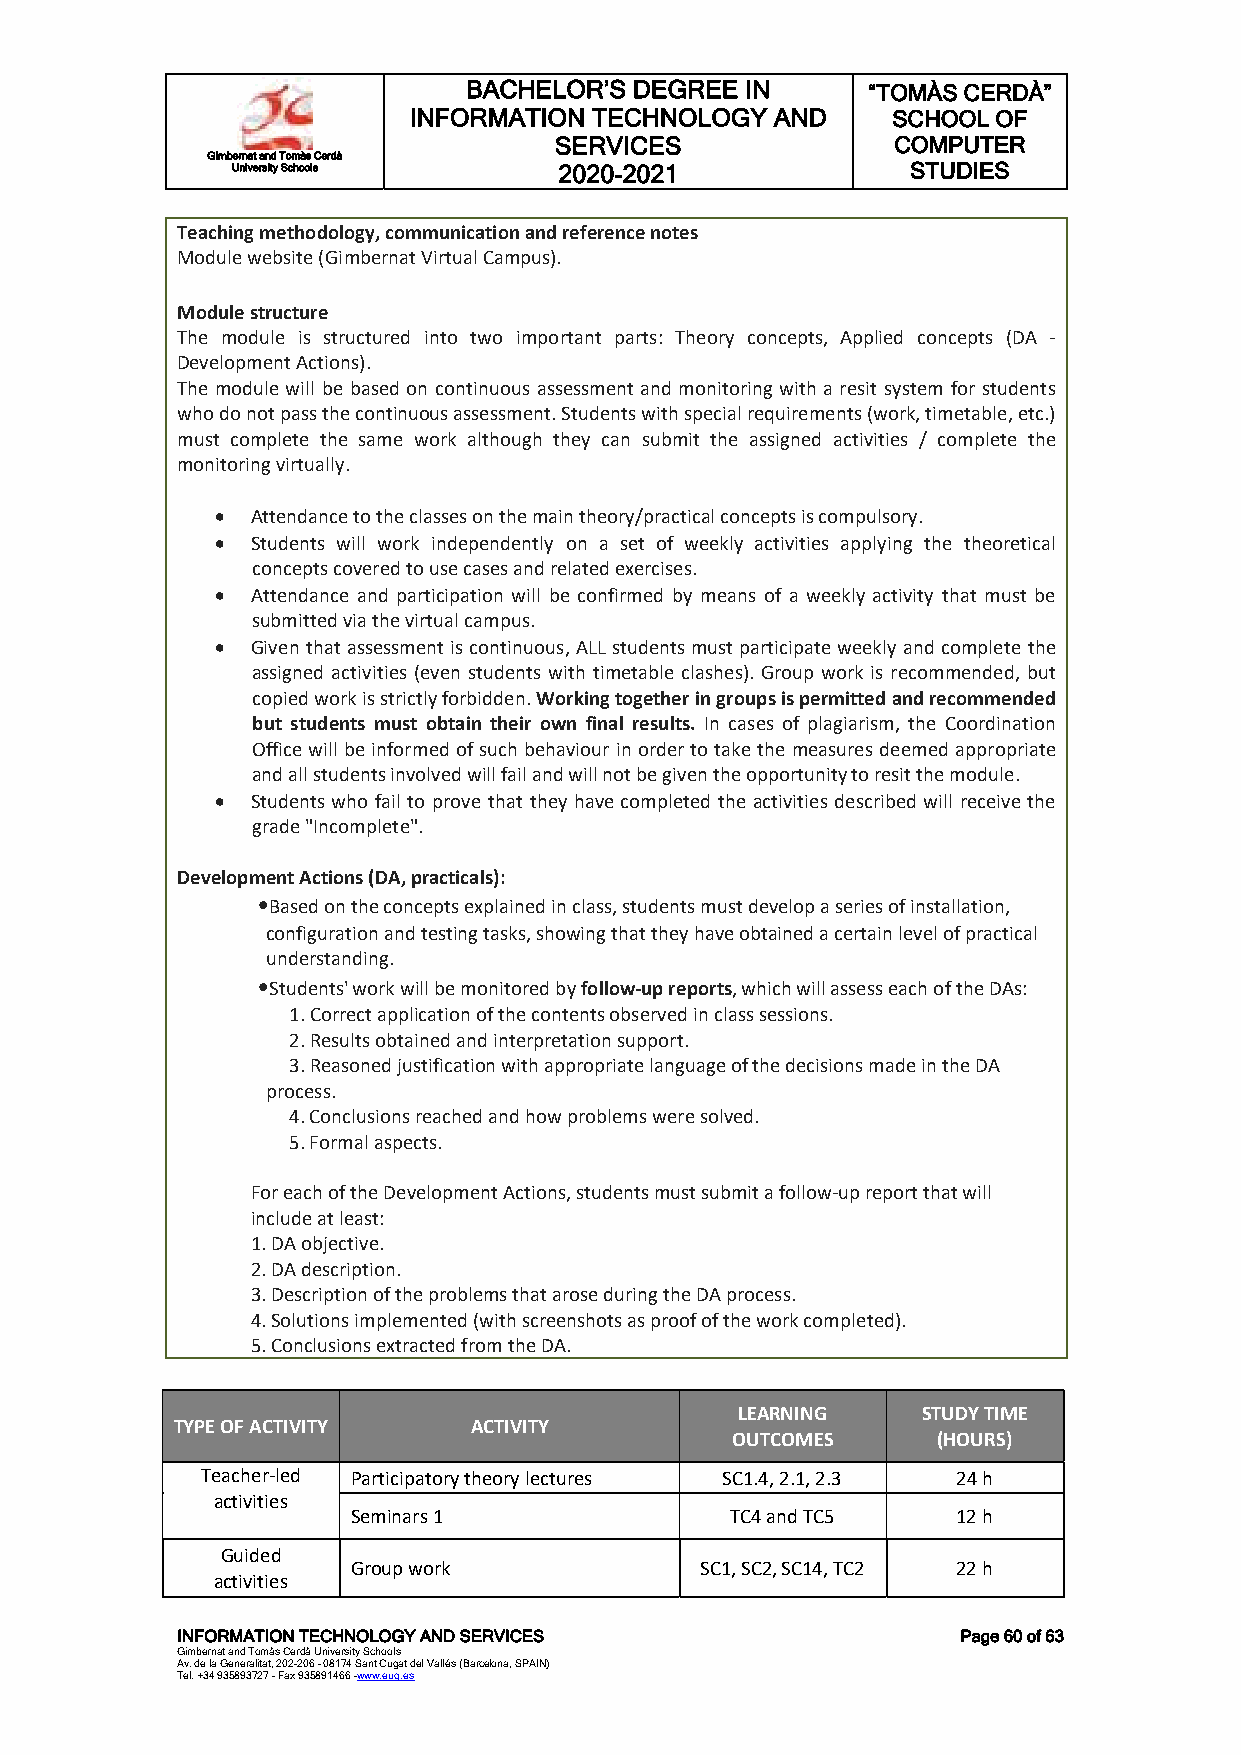
BACHELOR’S DEGREE IN      “TOMÀS CERDÀ”
 INFORMATION TECHNOLOGY  AND     SCHOOL OF
 SERVICES              COMPUTER
 Gimbernat and Tomàs Cerdà
 University Schools    2020-2021              STUDIES
 Teaching methodology, communication and reference notes
 Module website (Gimbernat Virtual Campus).
 Module structure
 The module is structured into two important parts: Theory concepts, Applied concepts (DA -
 Development Actions).
 The module will be based on continuous assessment and monitoring with a resit system for students
 who do not pass the continuous assessment. Students with special requirements (work, timetable, etc.)
 must complete the same work although they can submit the assigned activities / complete the
 monitoring virtually.
   Attendance to the classes on the main theory/practical concepts is compulsory.
   Students will work independently on a set of weekly activities applying the theoretical
 concepts covered to use cases and related exercises.
   Attendance and participation will be confirmed by means of a weekly activity that must be
 submitted via the virtual campus.
   Given that assessment is continuous, ALL students must participate weekly and complete the
 assigned activities (even students with timetable clashes). Group work is recommended, but
 copied work is strictly forbidden. Working together in groups is permitted and recommended
 but students must obtain their own final results. In cases of plagiarism, the Coordination
 Office will be informed of such behaviour in order to take the measures deemed appropriate
 and all students involved will fail and will not be given the opportunity to resit the module.
   Students who fail to prove that they have completed the activities described will receive the
 grade "Incomplete".
 Development Actions (DA, practicals):
 •Based on the concepts explained in class, students must develop a series of installation,
 configuration and testing tasks, showing that they have obtained a certain level of practical
 understanding.
 •Students' work will be monitored by follow-up reports, which will assess each of the DAs:
 1. Correct application of the contents observed in class sessions.
 2. Results obtained and interpretation support.
 3. Reasoned justification with appropriate language of the decisions made in the DA
 process.
 4. Conclusions reached and how problems were solved.
 5. Formal aspects.
 For each of the Development Actions, students must submit a follow-up report that will
 include at least:
 1. DA objective.
 2. DA description.
 3. Description of the problems that arose during the DA process.
 4. Solutions implemented (with screenshots as proof of the work completed).
 5. Conclusions extracted from the DA.
 LEARNING    STUDY TIME
 TYPE OF ACTIVITY   ACTIVITY
 OUTCOMES      (HOURS)
 Teacher-led Participatory theory lectures SC1.4, 2.1, 2.3 24 h
 activities
 Seminars 1               TC4 and TC5    12 h
 Guided
 Group work             SC1, SC2, SC14, TC2 22 h
 activities
 INFORMATION TECHNOLOGY AND SERVICES                 Page 60 of 63
 Gimbernat and Tomàs Cerdà University Schools
 Av. de la Generalitat, 202-206 - 08174 Sant Cugat del Vallés (Barcelona, SPAIN)
 Tel. +34 935893727 - Fax 935891466 -www.eug.es